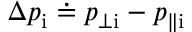
\Delta p _ { \mathrm { i } } \doteq p _ { \perp \mathrm { i } } - p _ { \parallel \mathrm { i } }